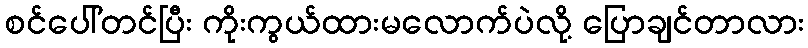
စင်ပေါ်တင်ပြီး ကိုးကွယ်ထားမလောက်ပဲလို့ ပြောချင်တာလား